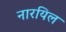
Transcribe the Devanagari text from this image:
नारयिल